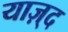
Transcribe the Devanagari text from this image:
याज़्द